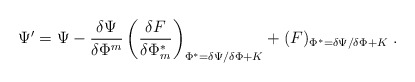
\begin{align*}\Psi'=\Psi-\frac{\delta\Psi}{\delta\Phi^m}\left(\frac{\delta F}{\delta\Phi_m^*}\right)_{\Phi^*=\delta\Psi/\delta\Phi+K}+(F)_{\Phi^*=\delta\Psi/\delta\Phi+K}\;.\end{align*}